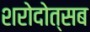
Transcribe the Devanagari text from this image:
शरोदोत्सब